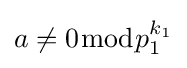
a\neq 0{\bmod {p}}_{1}^{k_{1}}